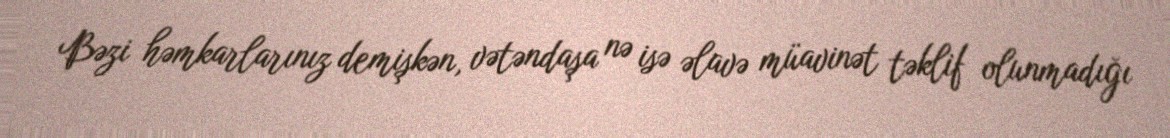
Bəzi həmkarlarınız demişkən, vətəndaşa nə isə əlavə müavinət təklif olunmadığı